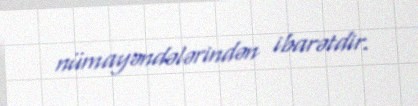
nümayəndələrindən ibarətdir.